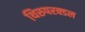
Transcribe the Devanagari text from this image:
थिरुपरक्डल